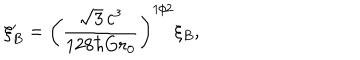
LaTeX: \xi _ { B } ^ { \prime } = \left( \frac { \sqrt 3 \, c ^ { 3 } } { 1 2 8 \hbar G r _ { 0 } } \right) ^ { 1 / 2 } \xi _ { B } ,